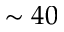
\sim 4 0